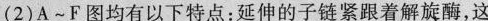
(2)A~F图均有以下特点：延伸的子链紧跟着解旋酶，这